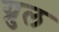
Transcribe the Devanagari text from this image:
ग्रुल